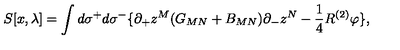
S [ x , \lambda ] = \int d \sigma ^ { + } d \sigma ^ { - } \{ \partial _ { + } z ^ { M } ( G _ { M N } + B _ { M N } ) \partial _ { - } z ^ { N } - \frac { 1 } { 4 } R ^ { \left( 2 \right) } \varphi \} ,